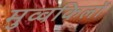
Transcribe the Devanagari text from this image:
मुव्वकिलों